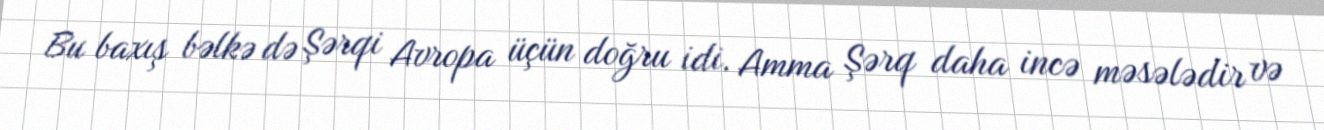
Bu baxış bəlkə də Şərqi Avropa üçün doğru idi. Amma Şərq daha incə məsələdir və